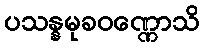
ပသန္နမုခဝဏ္ဏောသိ